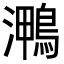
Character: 𭳠